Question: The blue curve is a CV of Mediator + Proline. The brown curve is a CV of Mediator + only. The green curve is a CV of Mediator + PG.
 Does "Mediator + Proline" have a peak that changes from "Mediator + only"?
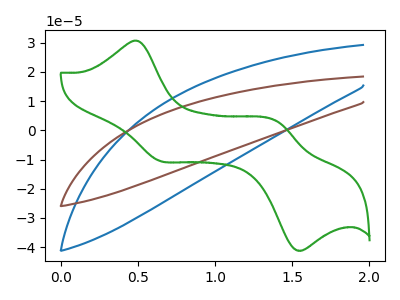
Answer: <think>The blue curve "Mediator + Proline" has no peaks. The brown curve "Mediator + only" has no peaks. The green curve "Mediator + PG" has anodic peaks at (0.50V, 30.60uA) (1.40V, 3.05uA) and cathodic peaks at (0.65V, -10.40uA) (1.50V, -41.00uA).
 Neither "Mediator + Proline" or "Mediator + only" have any peaks.</think>
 <answer>No, "Mediator + Proline" and "Mediator + only" don't appear to be significantly different in shape</answer>
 <eval>no_change</eval>